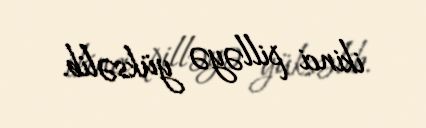
ikinci pilləyə yüksəlib.